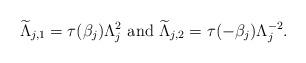
LaTeX: \begin{align*}\widetilde{\Lambda}_{j,1} = \tau(\beta_{j})\Lambda_{j}^{2} \mbox{ and } \widetilde{\Lambda}_{j,2} = \tau(-\beta_{j})\Lambda_{j}^{-2}.\end{align*}